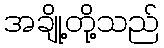
အချို့တို့သည်